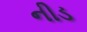
નીડ